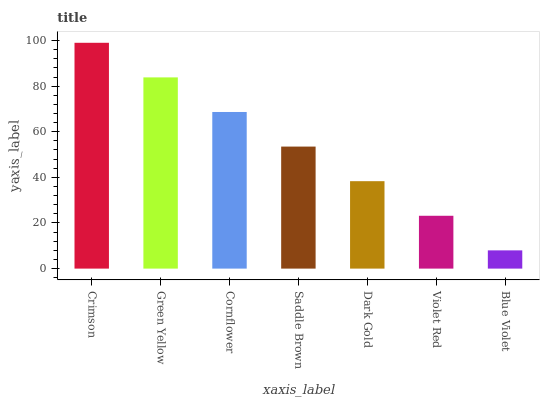
| xaxis_label | bars |
 | --- | --- |
 | Crimson | 99 |
 | Green Yellow | 83.8 |
 | Cornflower | 68.7 |
 | Saddle Brown | 53.5 |
 | Dark Gold | 38.3 |
 | Violet Red | 23.2 |
 | Blue Violet | 8 |